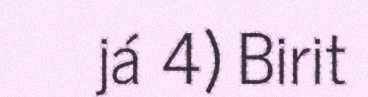
já 4) Birit